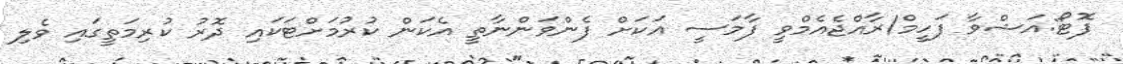
ފޮޓޯ:އަޝްވާ ފަހީމް/ރާއްޖެއެމްވީ ފާމަސީ އަކަށް ފެންވަންނާތީ އެކަން ކުރުމަށްޓަކައި ދޮރު ކުރިމަތީގައި ވެލި